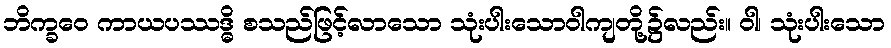
ဘိက္ခဝေ ကာယပဿဒ္ဓိ စသည်ဖြင့်လာသော သုံးပါးသောဝါကျတို့၌လည်း။ ဝါ၊ သုံးပါးသော